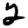
Digit: 2